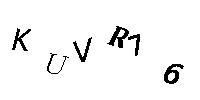
KUVR76